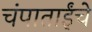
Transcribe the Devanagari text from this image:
चंपाताईंचे